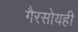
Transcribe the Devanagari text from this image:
गैरसोयही